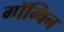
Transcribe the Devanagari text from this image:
गॉग्विन